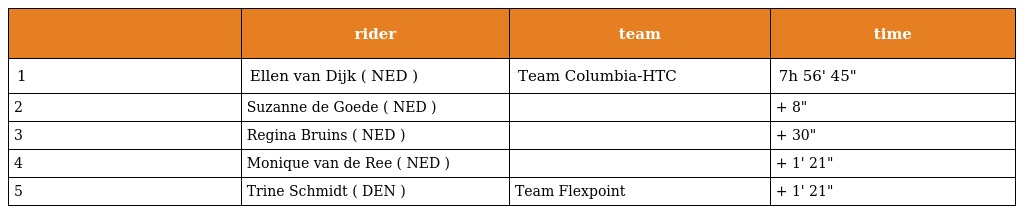
|  | rider | team | time |
 | --- | --- | --- | --- |
 | 1 | Ellen van Dijk ( NED ) | Team Columbia-HTC | 7h 56' 45" |
 | 2 | Suzanne de Goede ( NED ) |  | + 8" |
 | 3 | Regina Bruins ( NED ) |  | + 30" |
 | 4 | Monique van de Ree ( NED ) |  | + 1' 21" |
 | 5 | Trine Schmidt ( DEN ) | Team Flexpoint | + 1' 21" |